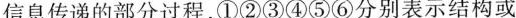
信息传递的部分过程，①②③④⑤⑥分别表示结构或